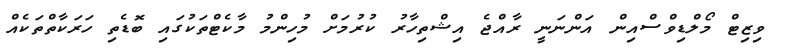
ވިޒިޓް މޯލްޑިވްސްއިން އަންނަނީ ރާއްޖެ އިޝްތިހާރު ކުރުމަށް މުހިންމު މާކެޓްތަކުގައި ބޮޑެތި ހަރަކާތްތަކެއް